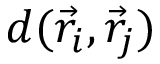
d ( \vec { r } _ { i } , \vec { r } _ { j } )